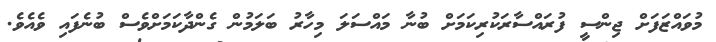
މުވައްޒަފަށް ޖިންސީ ފުރައްސާރަކުރިކަމަށް ބުނާ މައްސަލަ މިހާރު ބަލަމުން ގެންދާކަމަށްވެސް ބުނެފައި ވެއެވެ.